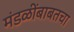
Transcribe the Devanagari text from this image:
मंडळींबाबतचा